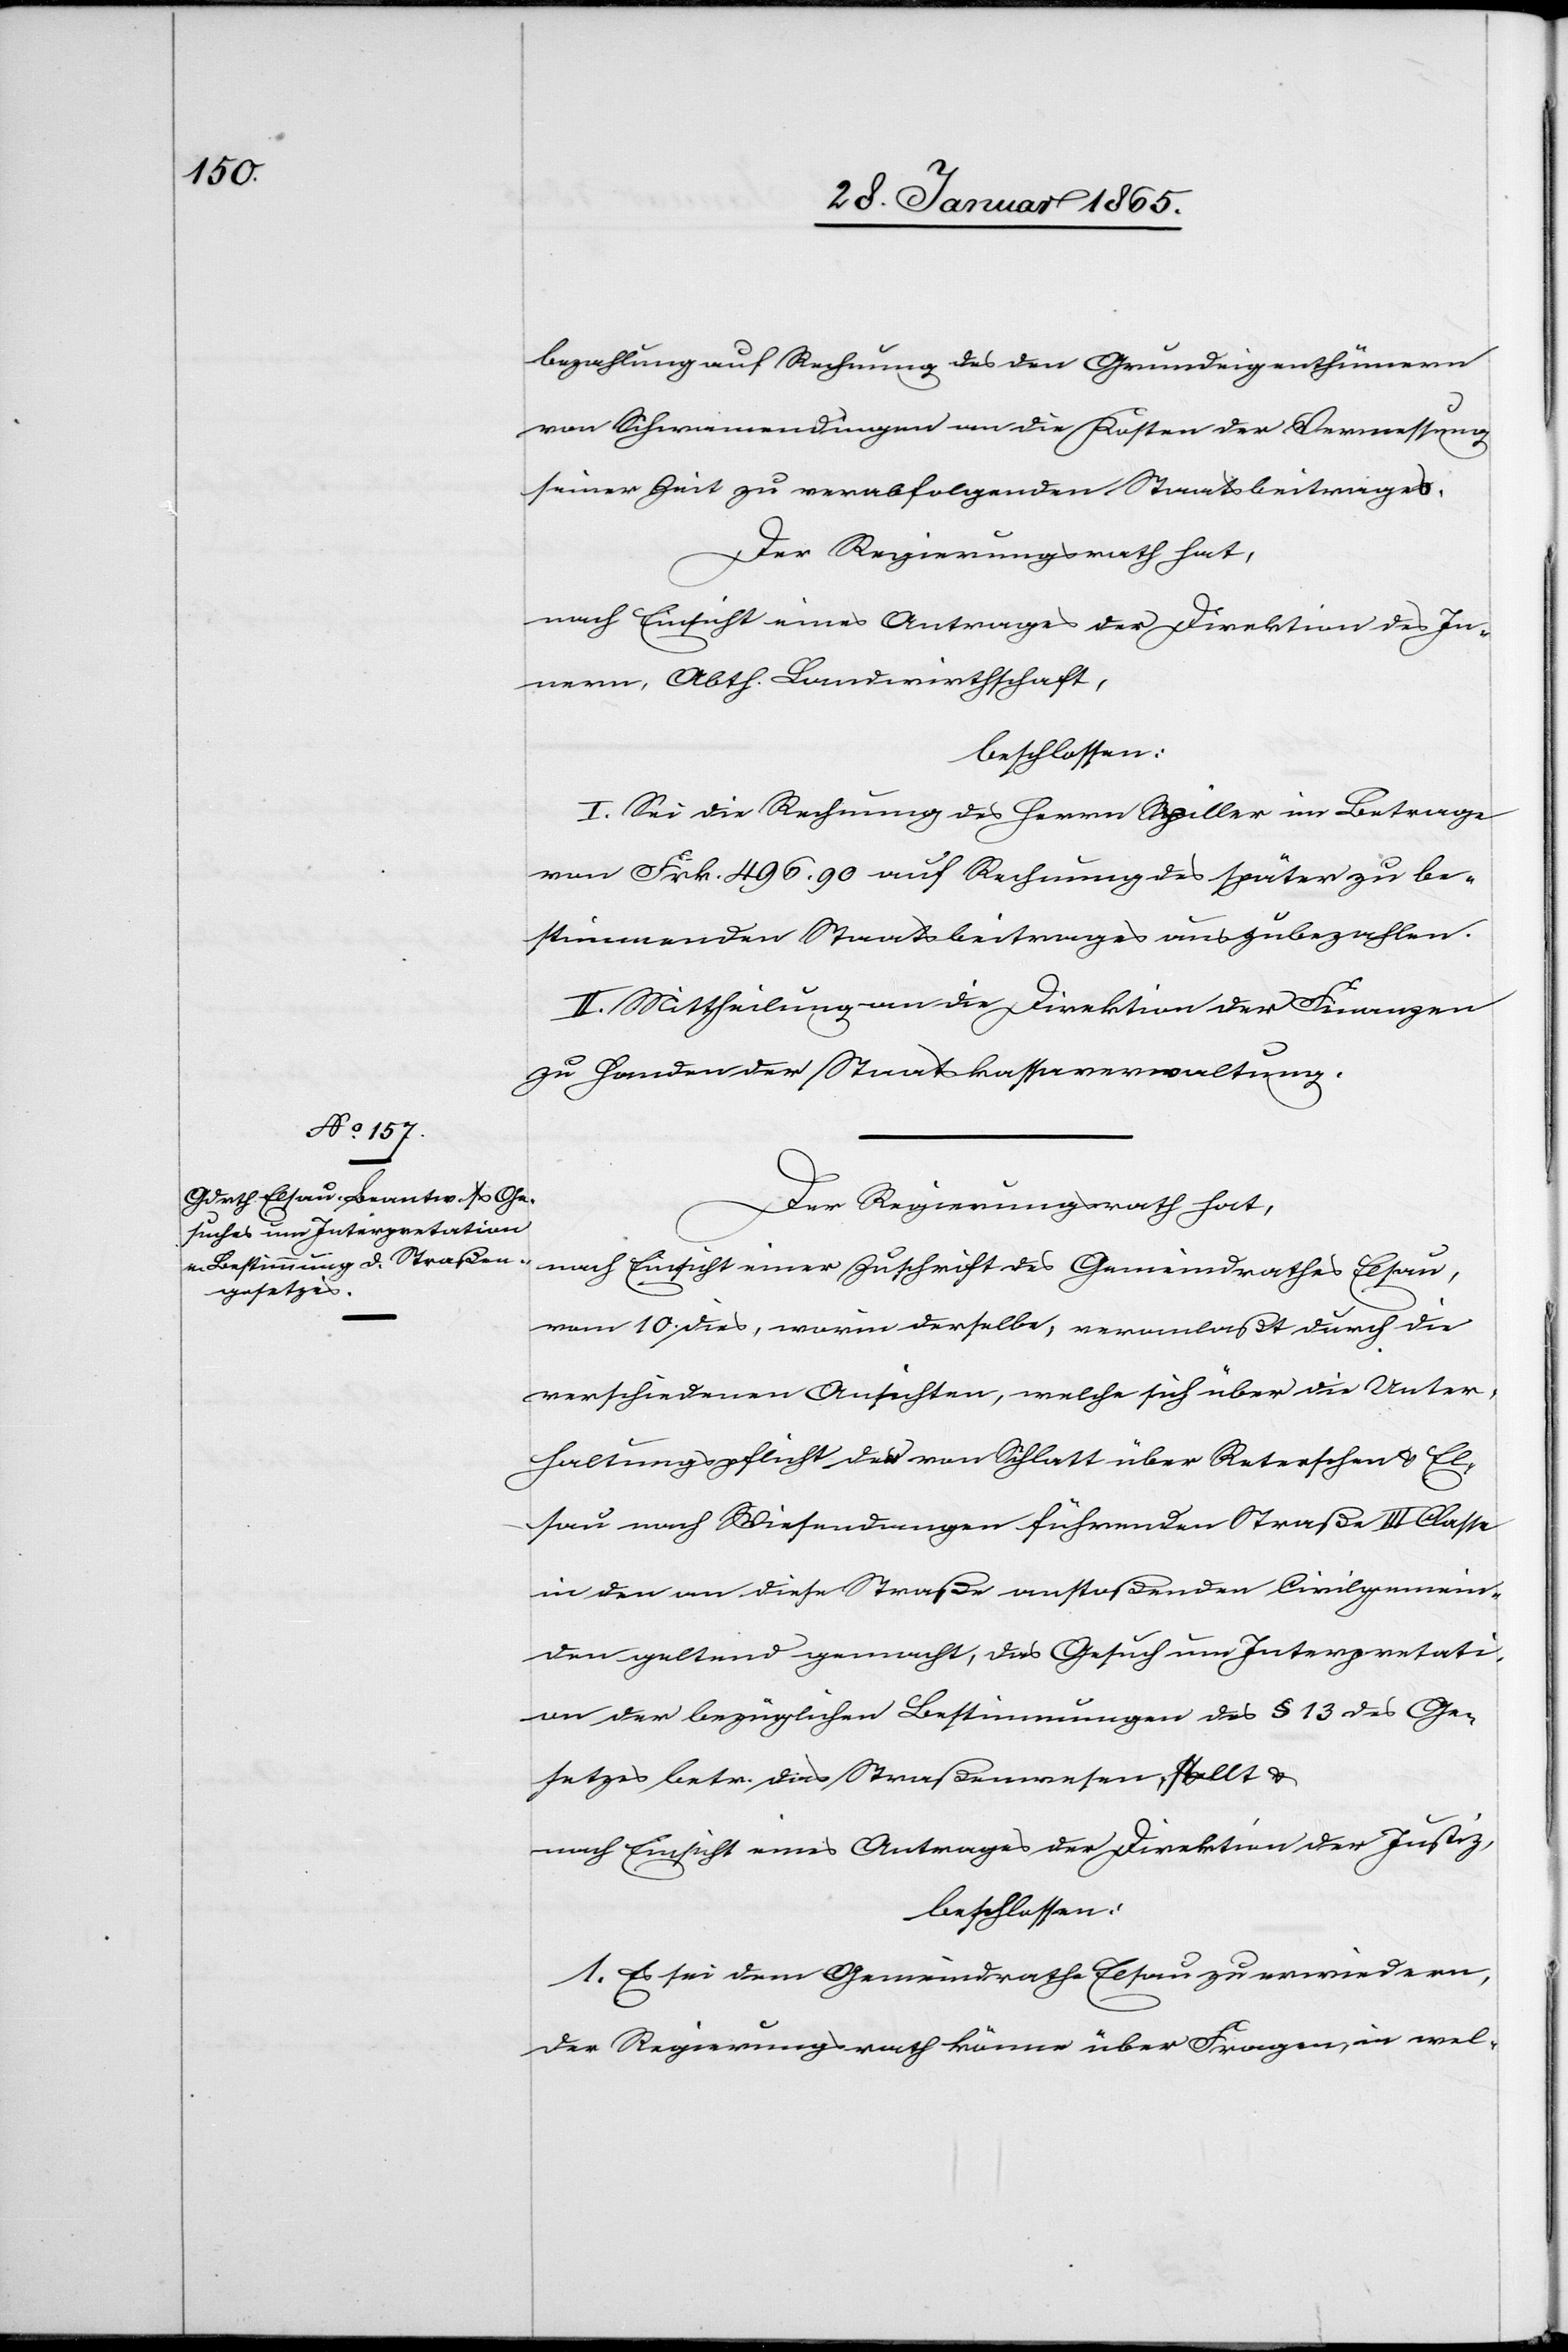
schen u.

bezahlung auf Rechnung des den Grundeigenthümern
von Schwamendingen an die Kosten der Vermessung
seiner Zeit zu verabfolgenden Staatsbeitrages.
Der Regierungsrath hat,
nach Einsicht eines Antrages der Direktion des In¬
nern, Abth. Landwirthschaft,
beschlossen:
I. Sei die Rechnung des Herrn Spiller im Betrage
von Frk. 496. 90 auf Rechnung des später zu be¬
stimmenden Staatsbeitrages auszubezahlen.
II. Mittheilung an die Direktion der Finanzen
zu Handen der Staatskassaverwaltung.
Der Regierungsrath hat,
nach Einsicht einer Zuschrift des Gemeindrathes Elsau,
vom 10. dies, worin derselbe, veranlaßt durch die
verschiedenen Ansichten, welche sich über Reter¬
Elsau nach Wiesendangen führenden Straße III Classe
in den an diese Straße anstoßenden Civilgemein¬
den geltend gemacht, das Gesuch um Interpretati¬
on der bezüglichen Bestimmungen des § 13 des Ge¬
setzes betr. das Straßenwesen, stellt u.
nach Einsicht eines Antrages der Direktion der Justiz,
beschlossen:
1. Es sei dem Gemeindrathe Elsau zu erwiedern,
der Regierungsrath könne über Fragen, in wel-